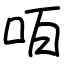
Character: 咟